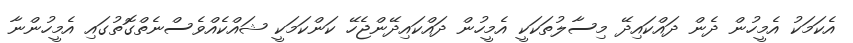
އެކަމަކު އެމީހުން ދެން ދައްކައިދޭ މިސާލުތަކަކީ އެމީހުން ދައްކައިދޭންޖެހޭ ކަންކަމަކީ ޝައްކެއްވެސްނެތްގޮތުގައި އެމީހުންނާ